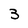
Character: 3